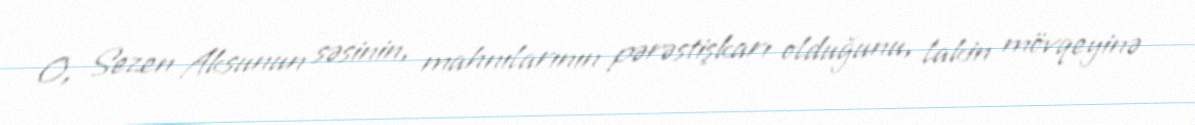
O, Sezen Aksunun səsinin, mahnılarının pərəstişkarı olduğunu, lakin mövqeyinə